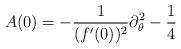
LaTeX: \begin{align*}A(0)=-\frac{1}{(f'(0))^2}\partial^2_\theta-\frac14\end{align*}